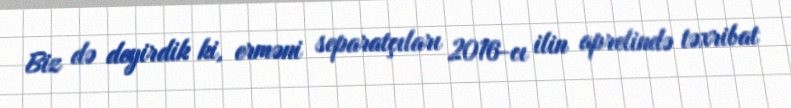
Biz də deyirdik ki, erməni separatçıları 2016-cı ilin aprelində təxribat